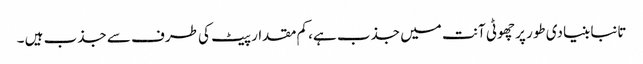
تانبا بنیادی طور پر چھوٹی آنت میں جذب ہے، کم مقدار پیٹ کی طرف سے جذب ہیں ۔